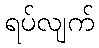
ရပ်လျက်